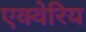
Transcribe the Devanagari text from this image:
एक्वेरिय